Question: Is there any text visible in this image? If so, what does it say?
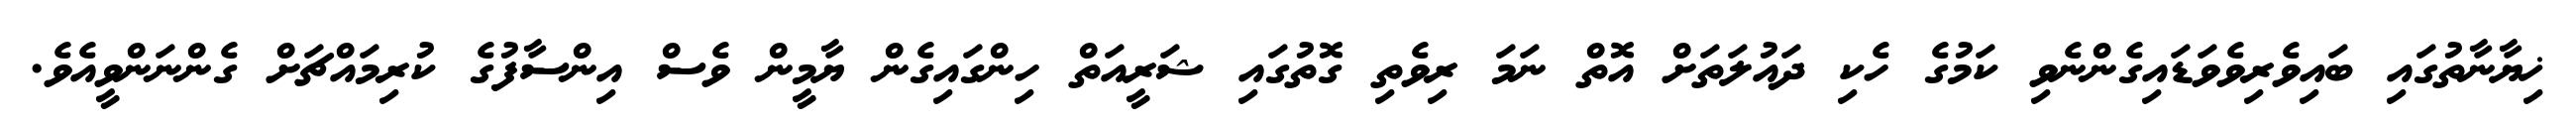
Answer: ޚިޔާނާތުގައި ބައިވެރިވެވަޑައިގެންނެވި ކަމުގެ ހެކި ދައުލަތަށް އޮތް ނަމަ ރިވެތި ގޮތުގައި ޝަރީއަތް ހިންގައިގެން ޔާމީން ވެސް އިންސާފުގެ ކުރިމައްޗަށް ގެންނަންވީއެވެ.